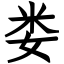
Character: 娄